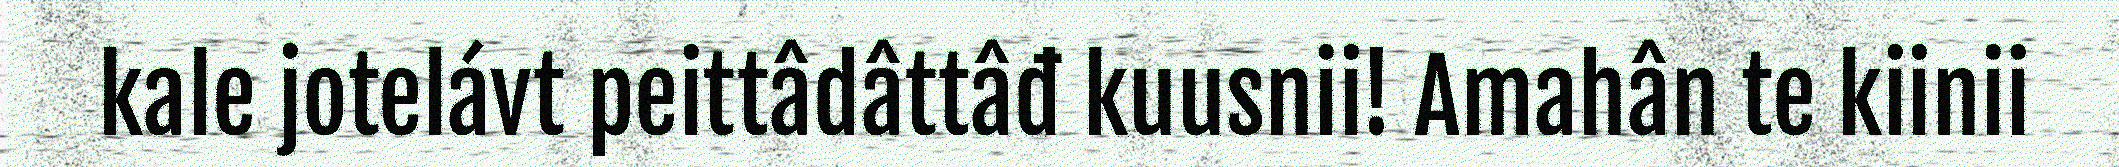
kale jotelávt peittâdâttâđ kuusnii! Amahân te kiinii